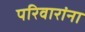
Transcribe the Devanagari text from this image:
परिवारांना